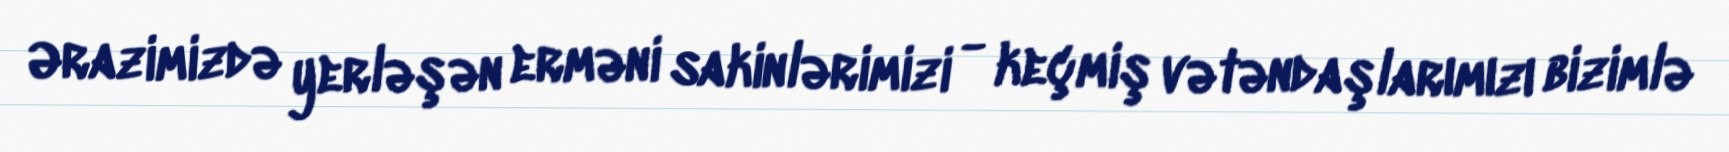
Ərazimizdə yerləşən erməni sakinlərimizi - keçmiş vətəndaşlarımızı bizimlə